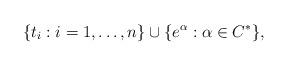
LaTeX: \begin{align*}\{ t_i : i = 1, \dots, n \} \cup \{ e^{\alpha} : \alpha \in C^* \},\end{align*}